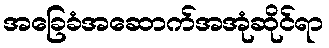
အခြေခံအဆောက်အအုံဆိုင်ရာ